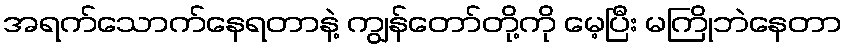
အရက်သောက်နေရတာနဲ့ ကျွန်တော်တို့ကို မေ့ပြီး မကြိုဘဲနေတာ